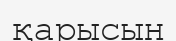
қарысын